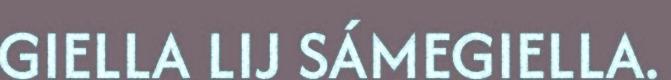
GIELLA LIJ SÁMEGIELLA.